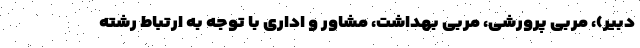
دبیر)، مربی پرورشی، مربی بهداشت، مشاور و اداری با توجه به ارتباط رشته